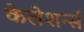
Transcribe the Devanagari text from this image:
केलेशर्न्स